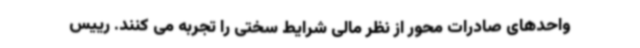
واحدهای صادرات محور از نظر مالی شرایط سختی را تجربه می کنند. رییس